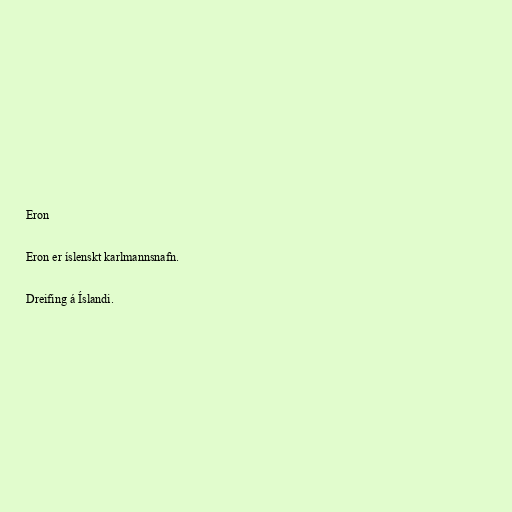
Eron

Eron er íslenskt karlmannsnafn.

Dreifing á Íslandi.